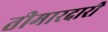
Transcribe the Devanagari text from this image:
तीमारदारी